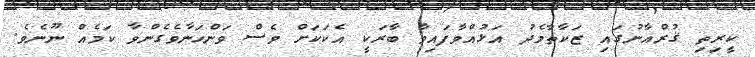
ކީރިތި ޤުރްއާނުގައި ޒަކާތާމެދު އަޅުއްވާފައިވާ ބާރަކީ އެކަކަށް ވެސް ވަންހަނާވެގެންވާ ކަމެއް ނޫނެވެ.